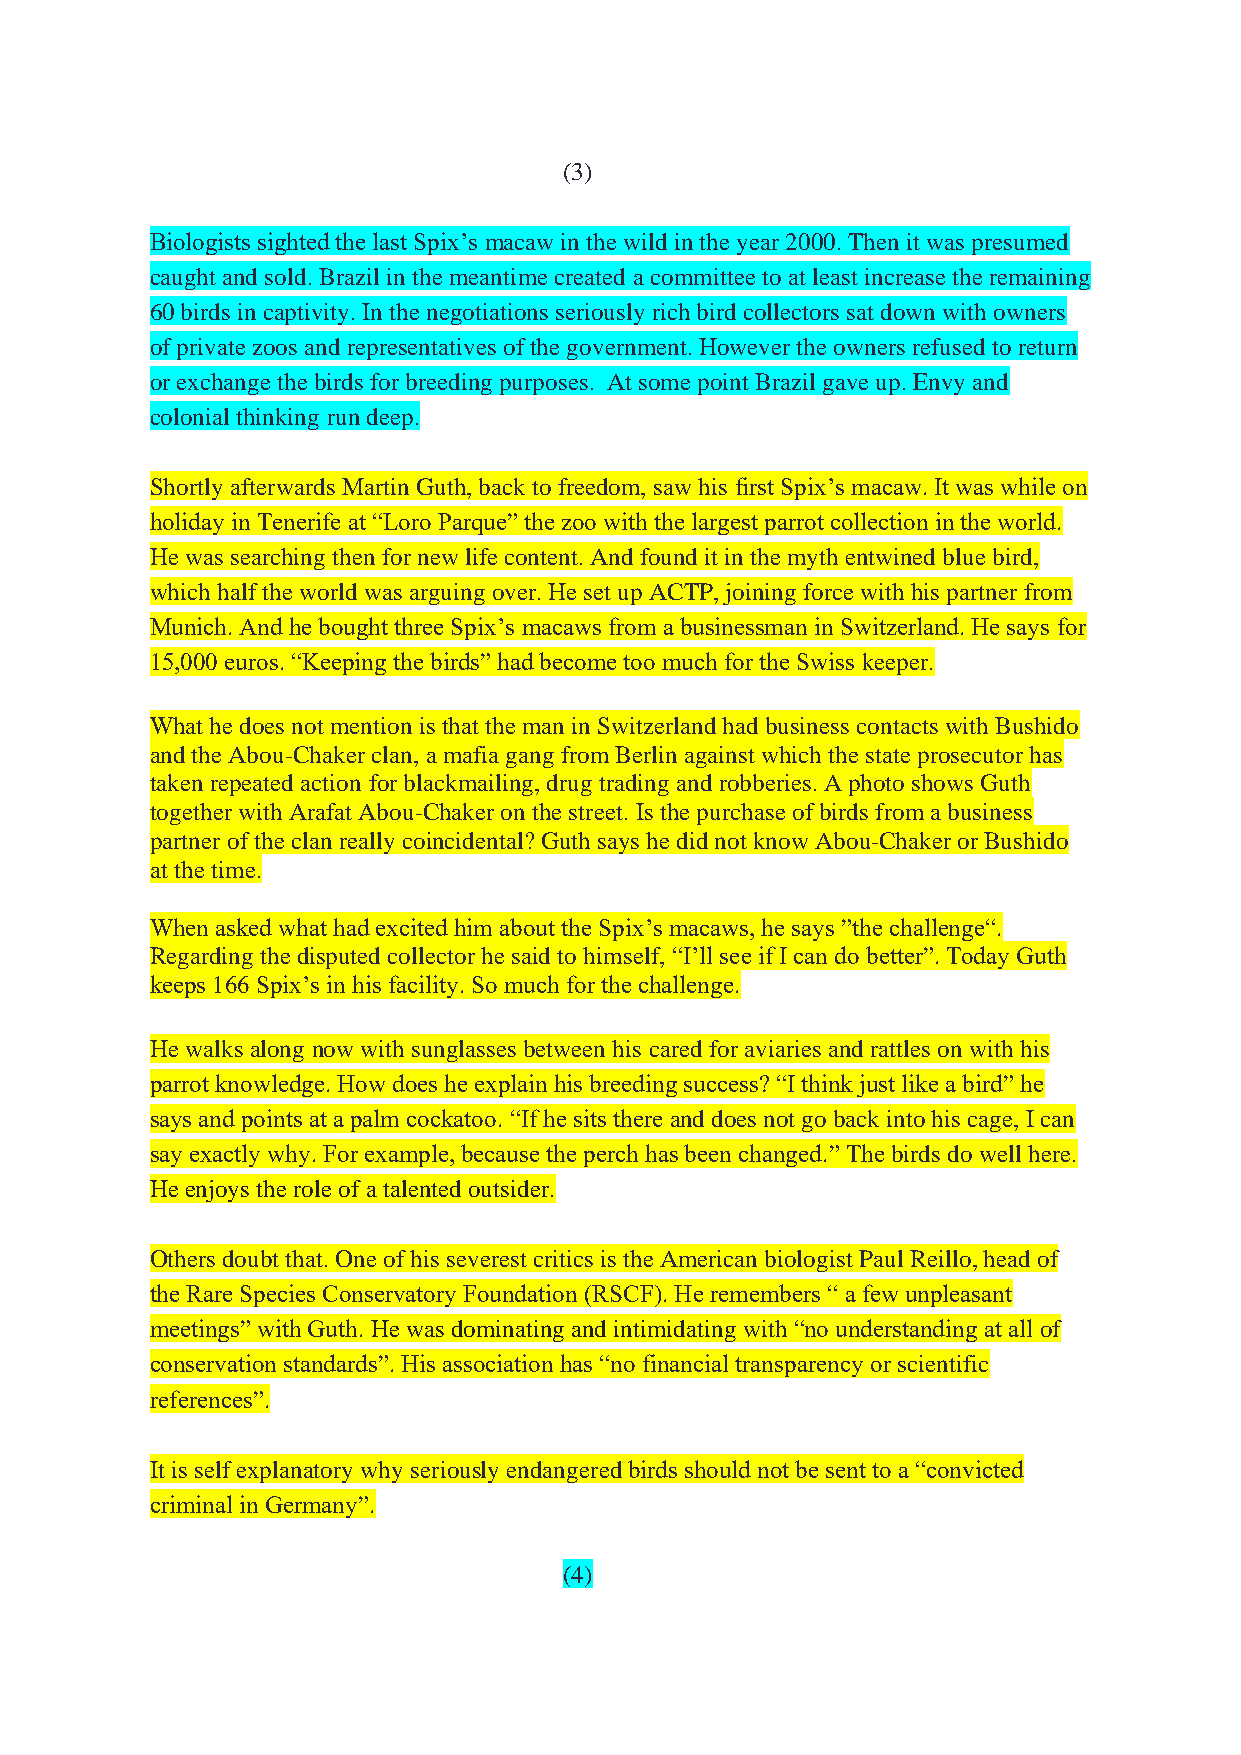
(3)
 Biologists sighted the last Spix’s macaw in the wild in the year 2000. Then it was presumed
 caught and sold. Brazil in the meantime created a committee to at least increase the remaining
 60 birds in captivity. In the negotiations seriously rich bird collectors sat down with owners
 of private zoos and representatives of the government. However the owners refused to return
 or exchange the birds for breeding purposes. At some point Brazil gave up. Envy and
 colonial thinking run deep.
 Shortly afterwards Martin Guth, back to freedom, saw his first Spix’s macaw. It was while on
 holiday in Tenerife at “Loro Parque” the zoo with the largest parrot collection in the world.
 He was searching then for new life content. And found it in the myth entwined blue bird,
 which half the world was arguing over. He set up ACTP, joining force with his partner from
 Munich. And he bought three Spix’s macaws from a businessman in Switzerland. He says for
 15,000 euros. “Keeping the birds” had become too much for the Swiss keeper.
 What he does not mention is that the man in Switzerland had business contacts with Bushido
 and the Abou-Chaker clan, a mafia gang from Berlin against which the state prosecutor has
 taken repeated action for blackmailing, drug trading and robberies. A photo shows Guth
 together with Arafat Abou-Chaker on the street. Is the purchase of birds from a business
 partner of the clan really coincidental? Guth says he did not know Abou-Chaker or Bushido
 at the time.
 When asked what had excited him about the Spix’s macaws, he says ”the challenge“.
 Regarding the disputed collector he said to himself, “I’ll see if I can do better”. Today Guth
 keeps 166 Spix’s in his facility. So much for the challenge.
 He walks along now with sunglasses between his cared for aviaries and rattles on with his
 parrot knowledge. How does he explain his breeding success? “I think just like a bird” he
 says and points at a palm cockatoo. “If he sits there and does not go back into his cage, I can
 say exactly why. For example, because the perch has been changed.” The birds do well here.
 He enjoys the role of a talented outsider.
 Others doubt that. One of his severest critics is the American biologist Paul Reillo, head of
 the Rare Species Conservatory Foundation (RSCF). He remembers “ a few unpleasant
 meetings” with Guth. He was dominating and intimidating with “no understanding at all of
 conservation standards”. His association has “no financial transparency or scientific
 references”.
 It is self explanatory why seriously endangered birds should not be sent to a “convicted
 criminal in Germany”.
 (4)